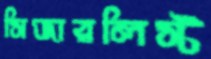
সিজারলিস্ট